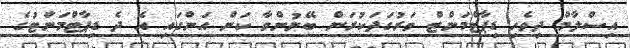
އިސްލާމް ދިވެހި ޑިޕާޓްމަންޓް ވަރުގަދަކުރަން ބޭނުންވާ ކަން އަންގައި އެ ދެ ޑިޕާޓްމަންޓުގެ